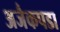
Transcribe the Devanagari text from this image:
अजैकपडा